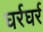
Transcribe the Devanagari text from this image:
घर्रघर्र